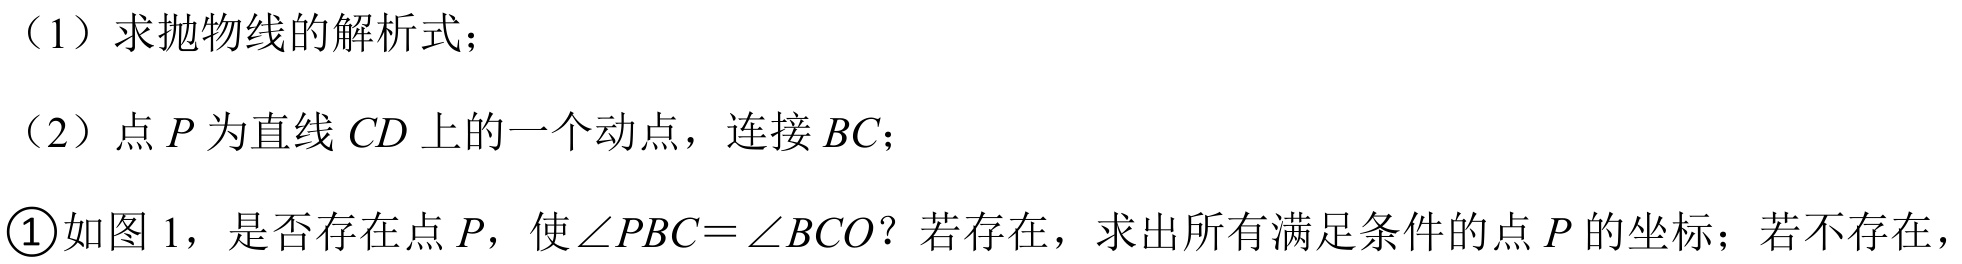
（1）求抛物线的解析式；
（2）点\(P\)为直线\(CD\)上的一个动点，连接\(BC\)；
\textcircled{1}如图1，是否存在点\(P\)，使\(\angle PBC=\angle BCO\)？若存在，求出所有满足条件的点\(P\)的坐标；若不存在，